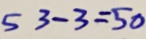
5 3 - 3 = 5 0